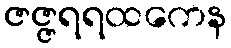
ဇဇ္ဇရရထကေန